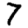
Digit: 7